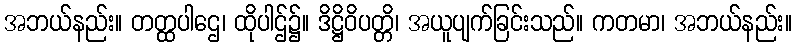
အဘယ်နည်း။ တတ္ထပါဌေ၊ ထိုပါဌ်၌။ ဒိဋ္ဌိဝိပတ္တိ၊ အယူပျက်ခြင်းသည်။ ကတမာ၊ အဘယ်နည်း။